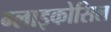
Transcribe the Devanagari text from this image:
ग्लाइकोसिल